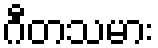
ဂီတသမား